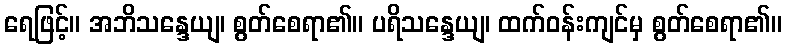
ရေဖြင့်။ အဘိသန္ဒေယျ၊ စွတ်စေရာ၏။ ပရိသန္ဒေယျ၊ ထက်ဝန်းကျင်မှ စွတ်စေရာ၏။